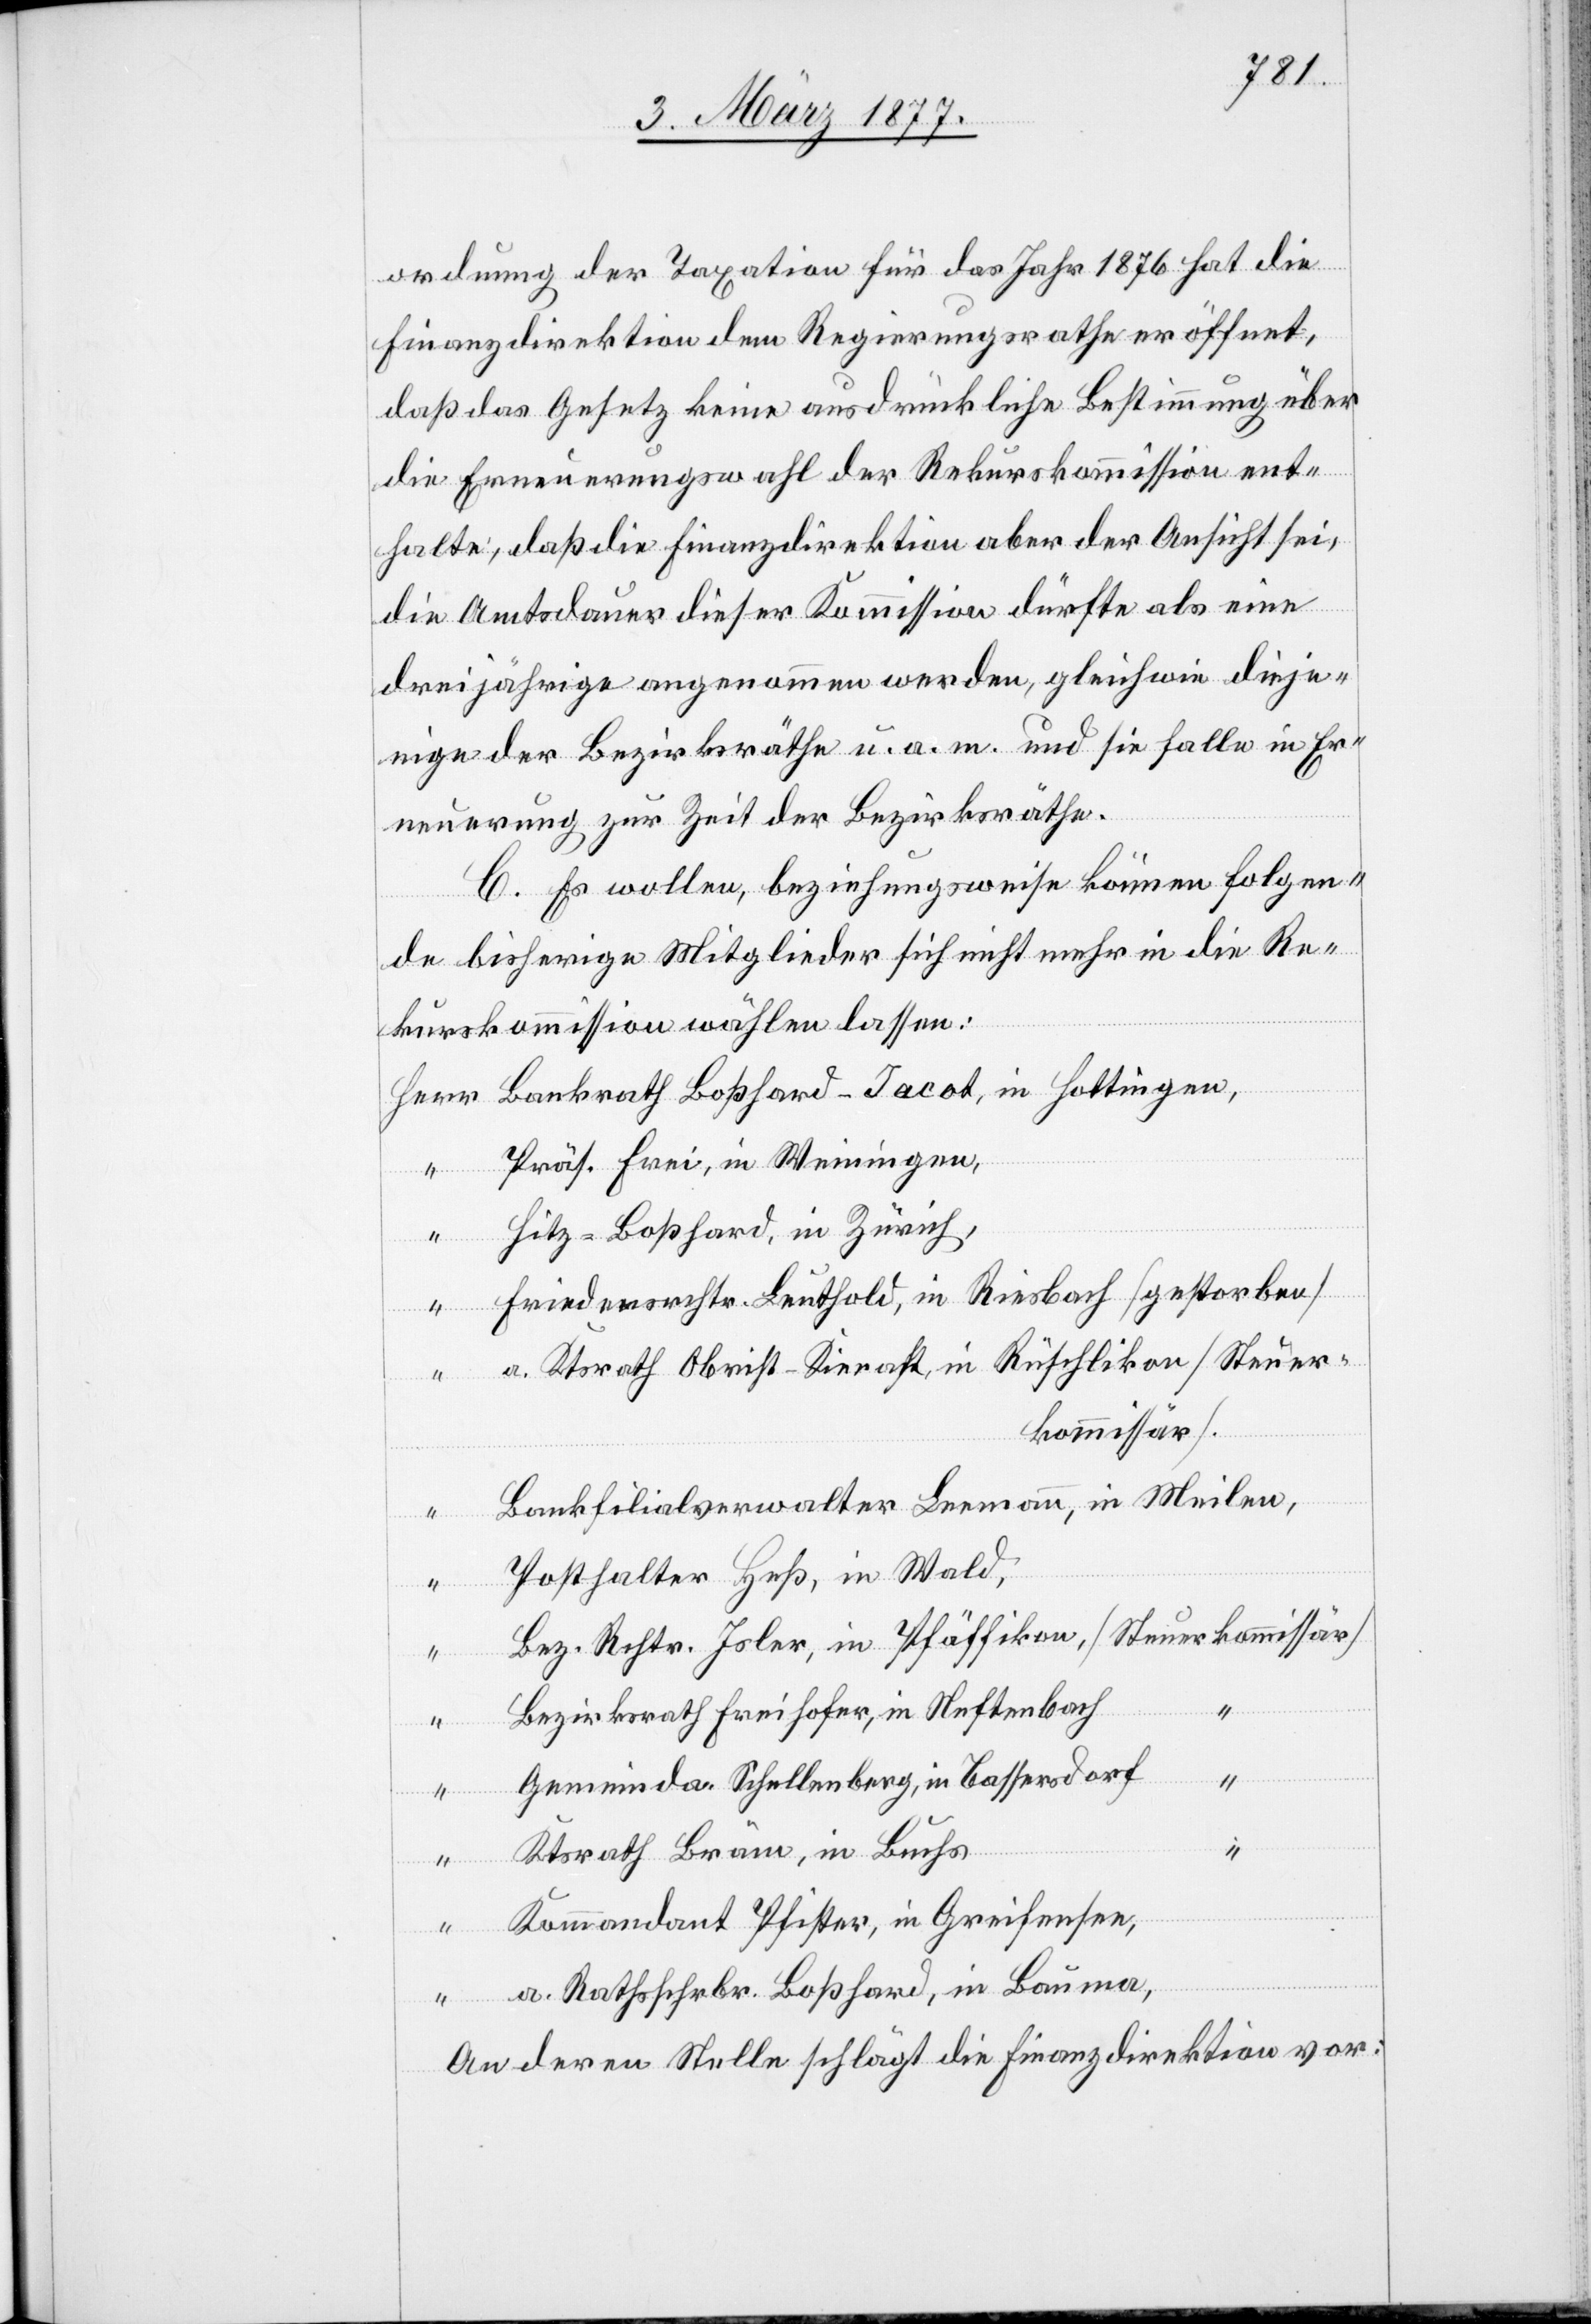
ordnung der Taxation für das Jahr 1876 hat die
Finanzdirektion dem Regierungsrathe eröffnet,
daß das Gesetz keine ausdrückliche Bestimmung über
die Erneuerungswahl der Rekurskommission ent¬
halte, daß die Finanzdirektion aber der Ansicht sei,
in
die Amtsdauer dieser Kommission dürfe als eine
dreijährige angenommen werden, gleichwie dieje¬
nige der Bezirksräthe u. a. m. und sie falle in Er¬
neuerung zur Zeit der Bezirksräthe.
C. Es wollen, beziehungsweise können folgen¬
de bisherige Mitglieder sich nicht mehr in die Re¬
kurskommission wählen lassen:
Präs. Frei, in Weinigen,
tr.
Hitz-Boßhard, in Zürich,
Friedensrichter Leuthold, in Riesbach [gestorben]
tingen,
a. Ktsrath Obrist-Kienast, in Rüschlikon [Steuer¬
kommissär]
Bankfilialverwalter Leemann, in Meilen,
Posthalter Heß, in Wald,
Bezirksrath Freihofer, in Neftenbach
Gemeinda. Schellenberg, in Bassersdorf
“
[Herr]
Ktsrath Bräm, in Buchs
[Steuer¬
“
Kommandant Pfister, in Greifensee,
“
a. Rathsschrbr. Boßhard, in Bauma
An deren Stelle schlägt die Finanzdirektion vor: